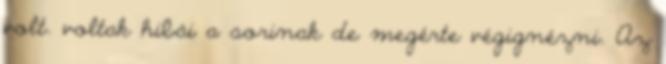
volt. voltak hibái a sorinak de megérte végignézni. Az